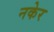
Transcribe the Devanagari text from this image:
नकेर